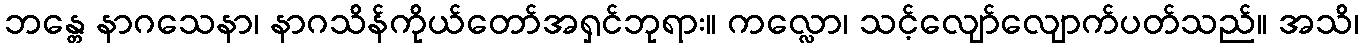
ဘန္တေ နာဂသေနာ၊ နာဂသိန်ကိုယ်တော်အရှင်ဘုရား။ ကလ္လော၊ သင့်လျော်လျောက်ပတ်သည်။ အသိ၊